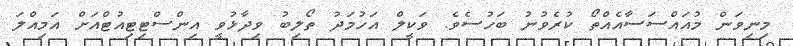
މިނިވަން މުއައްސަސާއެއްތޯ ކުރެވުނު ބަހުސެވެ. ވަކީލް އަހުމަދު ތޯލިބު ވިދާޅުވީ އިންސްޓިޓިއުޓްއަށް އަމިއްލަ